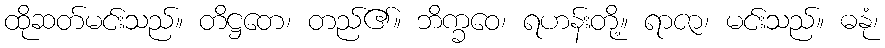
ထိုဆတ်မင်းသည်။ တိဋ္ဌတေ၊ တည်၏။ ဘိက္ခဝေ၊ ရဟန်းတို့။ ရာဇာ၊ မင်းသည်။ ဓနုံ၊